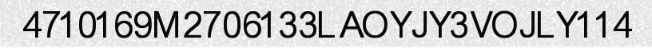
4710169M2706133LAOYJY3VOJLY114